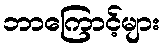
ဘာကြောင့်များ